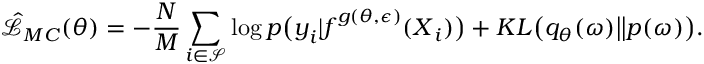
\hat { \mathcal { L } } _ { M C } ( \theta ) = - \frac { N } { M } \sum _ { i \in \mathcal { S } } \log p \big ( \boldsymbol { y } _ { i } | \boldsymbol { f } ^ { g ( \theta , \boldsymbol { \epsilon } ) } ( \boldsymbol { X } _ { i } ) \big ) + K L \big ( q _ { \theta } ( \boldsymbol { \omega } ) \big | \big | p ( \boldsymbol { \omega } ) \big ) .